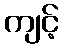
ကျင့်